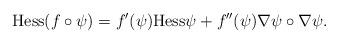
LaTeX: \begin{align*}\mathrm{Hess} (f\circ\psi)=f'(\psi) \mathrm{Hess} \psi +f''(\psi) \nabla \psi \circ \nabla \psi.\end{align*}